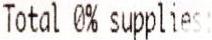
TOTAL 0% SUPPLIES: